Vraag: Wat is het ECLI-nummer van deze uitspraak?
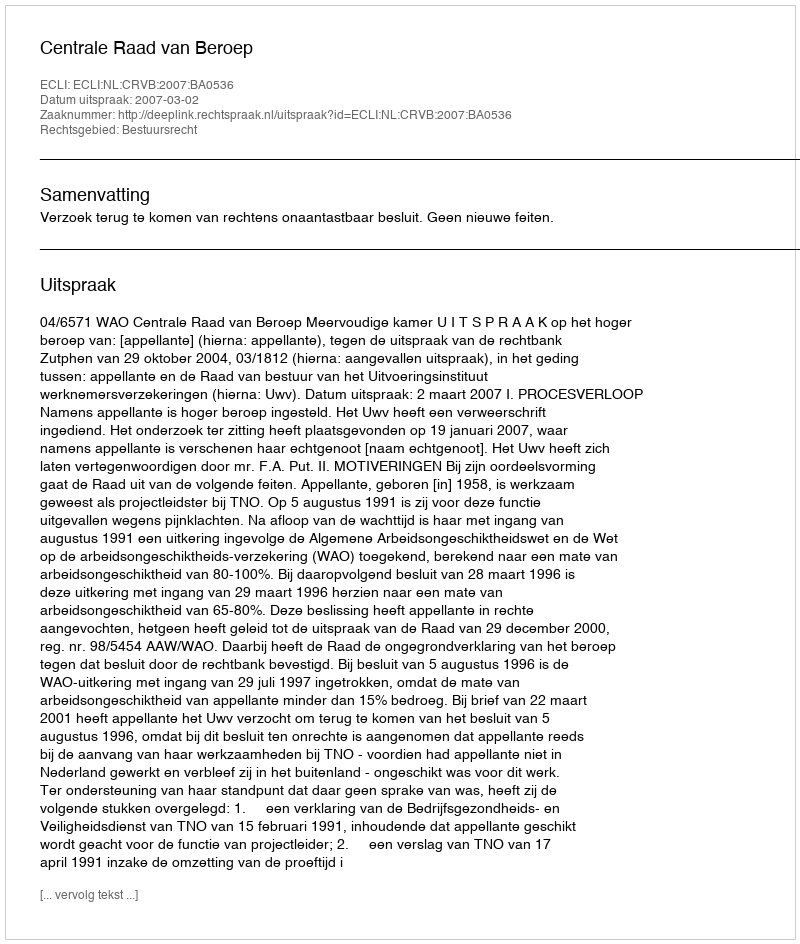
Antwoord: ECLI:NL:CRVB:2007:BA0536